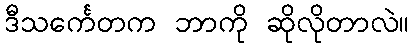
ဒီသင်္ကေတက ဘာကို ဆိုလိုတာလဲ။